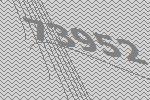
73952